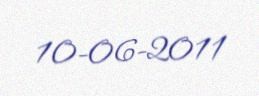
10-06-2011